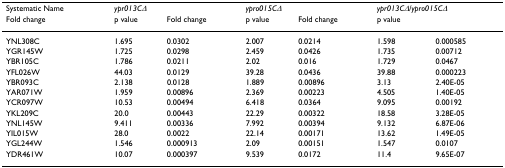
<table><thead><tr><td rowspan="2"><b>Systematic Name</b></td><td colspan="2"><b><i>ypr013CΔ</i></b></td><td colspan="2"><b><i>ypro015CΔ</i></b></td><td colspan="2"><b><i>ypr013CΔ/ypro015CΔ</i></b></td></tr><tr><td><b>Fold change</b></td><td><b>p value</b></td><td><b>Fold change</b></td><td><b>p value</b></td><td><b>Fold change</b></td><td><b>p value</b></td></tr></thead><tbody><tr><td>YNL308C</td><td>1.695</td><td>0.0302</td><td>2.007</td><td>0.0214</td><td>1.598</td><td>0.000585</td></tr><tr><td>YGR145W</td><td>1.725</td><td>0.0298</td><td>2.459</td><td>0.0426</td><td>1.735</td><td>0.00712</td></tr><tr><td>YBR105C</td><td>1.786</td><td>0.0211</td><td>2.02</td><td>0.016</td><td>1.729</td><td>0.0467</td></tr><tr><td>YFL026W</td><td>44.03</td><td>0.0129</td><td>39.28</td><td>0.0436</td><td>39.88</td><td>0.000223</td></tr><tr><td>YBR093C</td><td>2.138</td><td>0.0128</td><td>1.889</td><td>0.00896</td><td>3.13</td><td>2.40E-05</td></tr><tr><td>YAR071W</td><td>1.959</td><td>0.00896</td><td>2.369</td><td>0.00223</td><td>4.505</td><td>1.40E-05</td></tr><tr><td>YCR097W</td><td>10.53</td><td>0.00494</td><td>6.418</td><td>0.0364</td><td>9.095</td><td>0.00192</td></tr><tr><td>YKL209C</td><td>20.0</td><td>0.00443</td><td>22.29</td><td>0.00322</td><td>18.58</td><td>3.28E-05</td></tr><tr><td>YNL145W</td><td>9.411</td><td>0.00336</td><td>7.992</td><td>0.00394</td><td>9.132</td><td>6.87E-06</td></tr><tr><td>YIL015W</td><td>28.0</td><td>0.0022</td><td>22.14</td><td>0.00171</td><td>13.62</td><td>1.49E-05</td></tr><tr><td>YGL244W</td><td>1.546</td><td>0.000913</td><td>2.09</td><td>0.00151</td><td>1.547</td><td>0.0107</td></tr><tr><td>YDR461W</td><td>10.07</td><td>0.000397</td><td>9.539</td><td>0.0172</td><td>11.4</td><td>9.65E-07</td></tr></tbody></table>